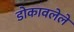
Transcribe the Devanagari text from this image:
डोकावलेले